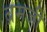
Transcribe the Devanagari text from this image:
ब्रमजी